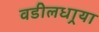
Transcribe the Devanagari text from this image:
वडीलधार्‍या